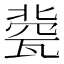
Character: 㼱